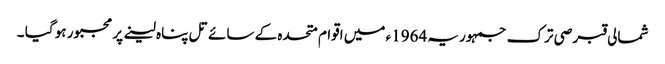
شمالی قبرصی ترک جمہوریہ 1964ء میں اقوام متحدہ کے سائے تل پناہ لینے پر مجبور ہو گیا ۔